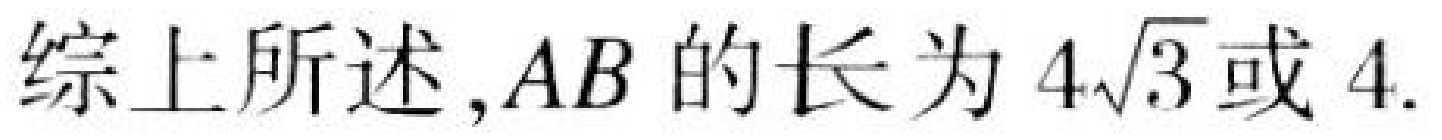
综上所述,\(AB\)的长为\(4\sqrt{3}\)或\(4\).